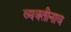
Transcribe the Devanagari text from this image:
व्यक्तीनाव